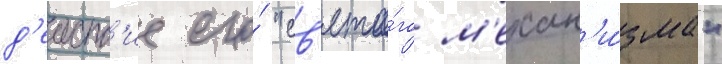
д'еиств'ие его́ "св'ято́го м'ехан'и́зма"